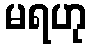
မရဟု